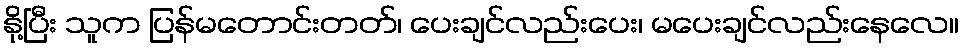
နို့ပြီး သူက ပြန်မတောင်းတတ်၊ ပေးချင်လည်းပေး၊ မပေးချင်လည်းနေလေ။